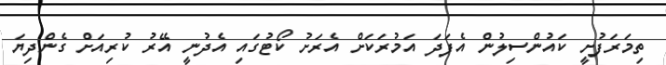
ތިމަރަފުށީ ކައުންސިލުން އެފަދަ އަމުރަކަށް އެރަށު ކޯޓުގައި އެދުނީ އޭރު ކުރިއަށް ގެންދިޔަ